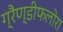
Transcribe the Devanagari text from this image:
ग्रैण्डीफलोरा